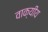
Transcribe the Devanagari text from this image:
वाक्यीय